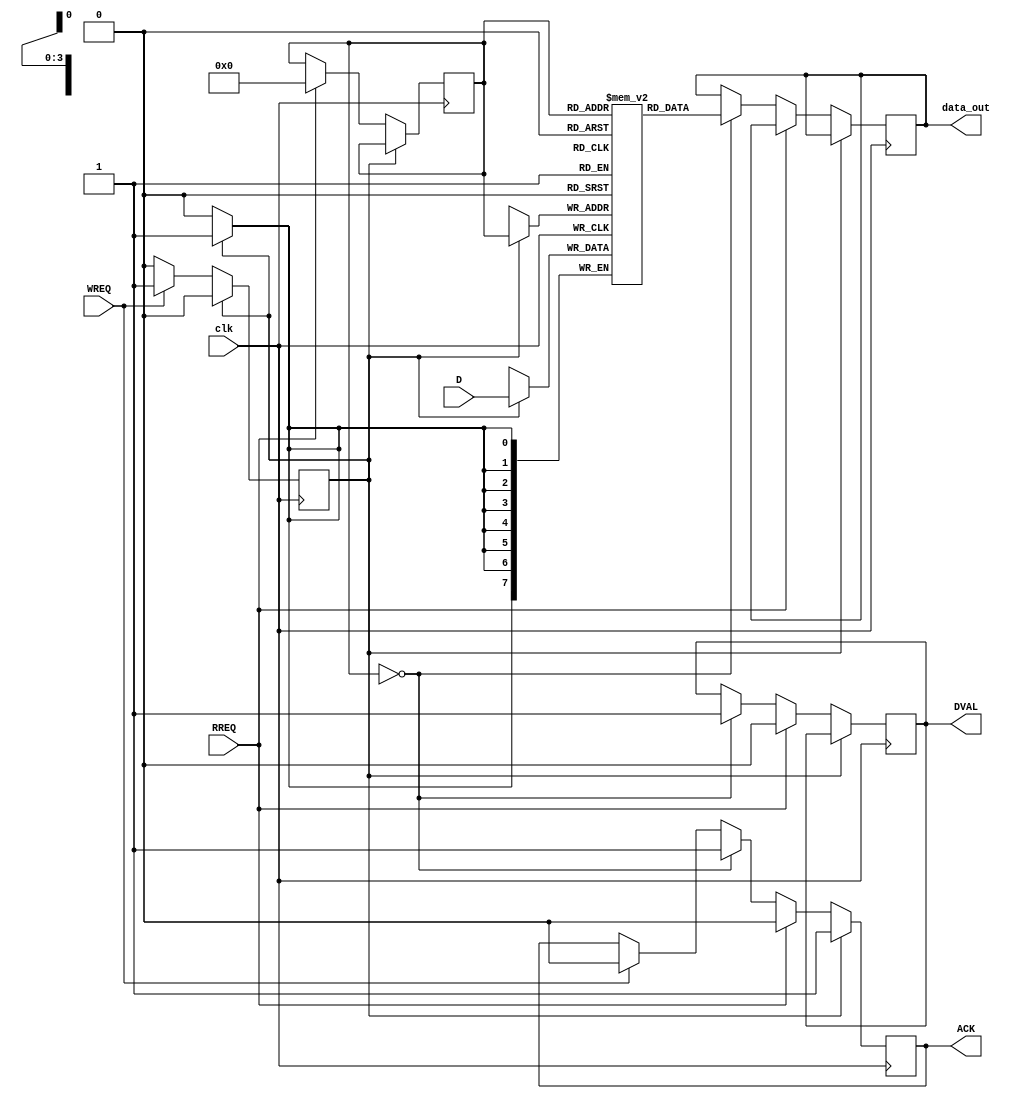
module memory_block(
    input wire clk,       // System clock for simulation purposes only
    input wire [7:0] D,  // Data input/output lines
    input wire WREQ,     // Write request from controller
    input wire RREQ,     // Read request from controller
    output reg ACK,      // Acknowledge signal
    output reg DVAL,     // Data valid signal
    output reg [7:0] data_out // Data output to controller
);
    // Memory storage
    reg [7:0] memory [0:15]; // Example memory: 16 bytes
    reg [3:0] addr;           // Address for memory operations
    reg writing;              // Flag for writing operation

    always @(posedge clk) begin
        if (WREQ) begin
            // Prepare to write data
            ACK <= 0; // Deassert ACK until memory is ready
            writing <= 1; // Set writing flag
            // Simulate an internal state to wait for the next clock cycle
        end
        
        if (writing) begin
            // Write data to memory when ACK is received
            memory[addr] <= D; // Write data to memory at the current address
            ACK <= 1; // Acknowledge completion of write
            writing <= 0; // Clear writing flag after write
        end else if (RREQ) begin
            // Prepare to read data from memory
            ACK <= 0; // Deassert ACK until memory is ready
            DVAL <= 0; // Deassert DVAL until data is ready
            addr <= 4'b0000; // Example: fixed address for simulation
            // Simulate an internal state to wait for the next clock cycle
        end else if (addr == 4'b0000) begin
            // Read data from memory when requested
            data_out <= memory[addr]; // Read data from memory
            DVAL <= 1; // Indicate data is valid
            ACK <= 1; // Acknowledge completion of read
        end
    end
endmodule